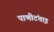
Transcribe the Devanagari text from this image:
पाणीटंचाइ